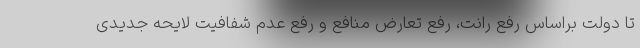
تا دولت براساس رفع رانت، رفع تعارض منافع و رفع عدم شفافیت لایحه جدیدی